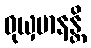
ဝုယှမာနန္တိ